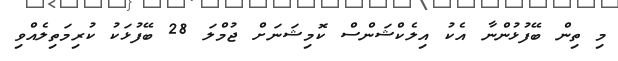
މި ތިން ބޭފުޅުންނާ އެކު އިލެކްޝަންސް ކޮމިޝަނަށް ޖުމްލަ 28 ބޭފުޅަކު ކުރިމަތިލެއްވި